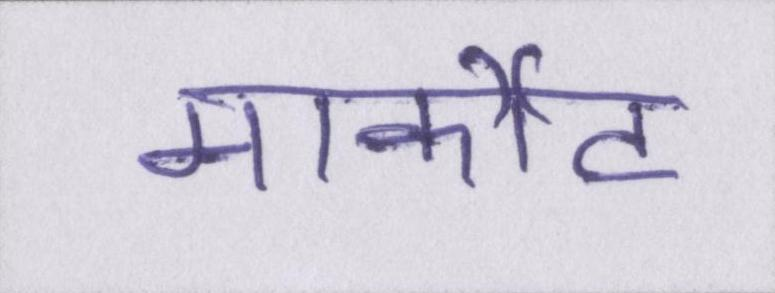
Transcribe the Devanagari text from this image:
मार्कीट